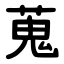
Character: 蒐